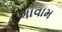
ગાવામ